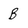
Character: B